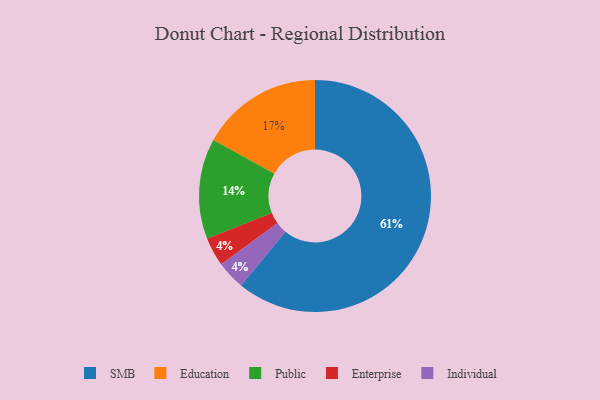
{"axis": {"x": "Category", "y": "Percentage"}, "legend": ["Education", "Enterprise", "Individual", "Public", "SMB"], "data": [{"x": "Enterprise", "y": 4, "type": "Enterprise"}, {"x": "SMB", "y": 61, "type": "SMB"}, {"x": "Individual", "y": 4, "type": "Individual"}, {"x": "Education", "y": 17, "type": "Education"}, {"x": "Public", "y": 14, "type": "Public"}]}